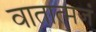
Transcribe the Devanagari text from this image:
वातात्मजं